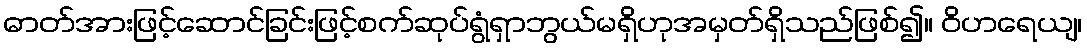
ဓာတ်အားဖြင့်ဆောင်ခြင်းဖြင့်စက်ဆုပ်ရွံရှာဘွယ်မရှိဟုအမှတ်ရှိသည်ဖြစ်၍။ ဝိဟရေယျ၊